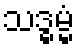
သဒ္ဓမ္မံ